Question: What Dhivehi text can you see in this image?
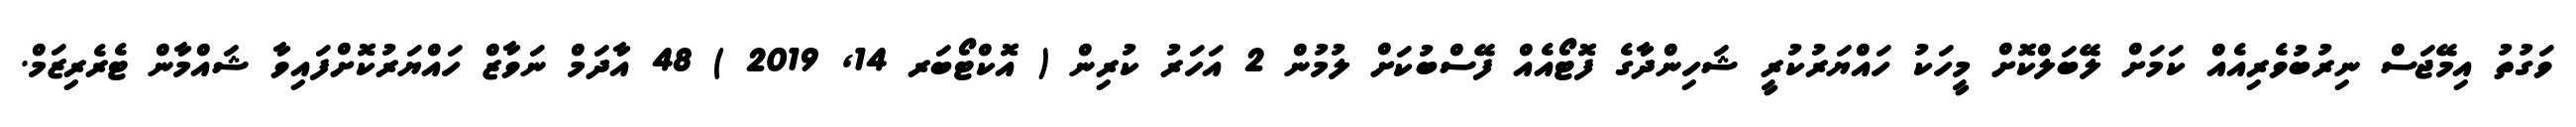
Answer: ވަގުތު އިމޭޖަސް ނިރުބުވެރިއެއް ކަމަށް ލޭބަލްކޮށް މީހަކު ހައްޔަރުކުރީ ޝަހިންދާގެ ފޮޓޯއެއް ފޭސްބުކަށް ލުމުން 2 އަހަރު ކުރިން ( އޮކްޓޯބަރ 14, 2019 ) 48 އާދަމް ނަވާޒް ހައްޔަރުކޮށްފައިވާ ޝައްމާން ޓެރެރިޒަމް.